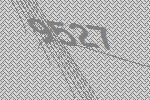
9527